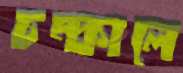
চম্‌কালে